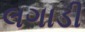
લગાડી